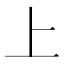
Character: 上